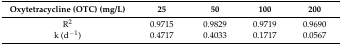
<table><thead><tr><td><b>Oxytetracycline (OTC) (mg/L)</b></td><td><b>25</b></td><td><b>50</b></td><td><b>100</b></td><td><b>200</b></td></tr></thead><tbody><tr><td>R<sup>2</sup></td><td>0.9715</td><td>0.9829</td><td>0.9719</td><td>0.9690</td></tr><tr><td>k (d<sup>−1</sup>)</td><td>0.4717</td><td>0.4033</td><td>0.1717</td><td>0.0567</td></tr></tbody></table>